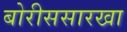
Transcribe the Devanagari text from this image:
बोरीससारखा